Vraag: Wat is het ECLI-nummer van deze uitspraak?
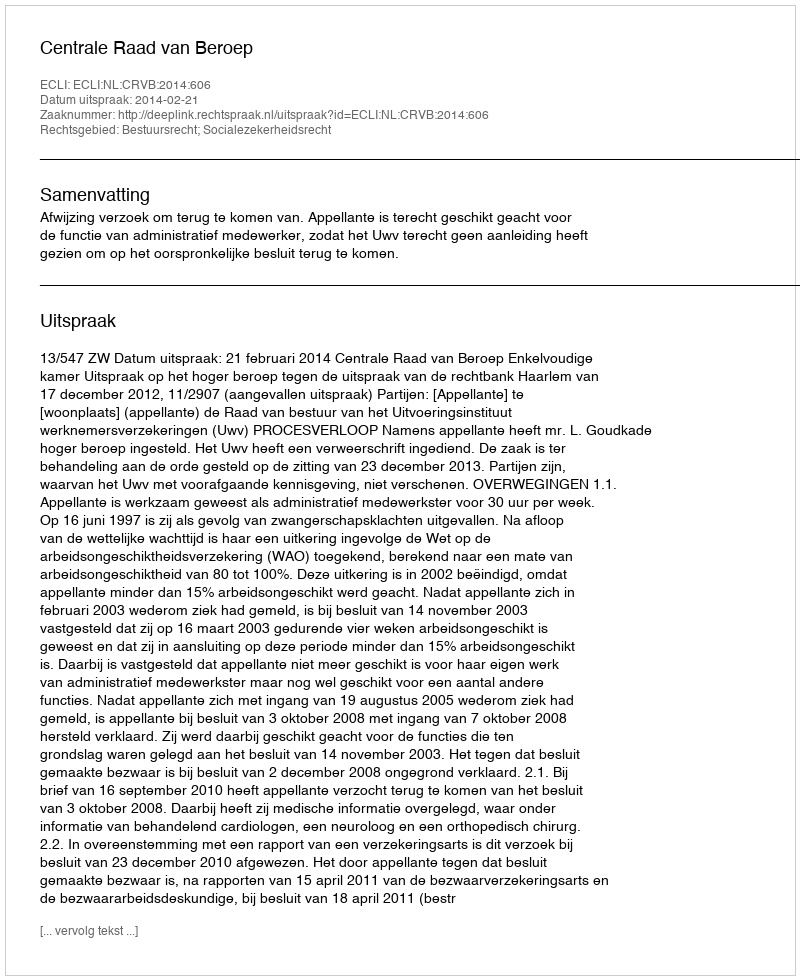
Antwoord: ECLI:NL:CRVB:2014:606